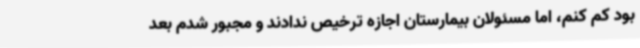
بود کم کنم، اما مسئولان بیمارستان اجازه ترخیص ندادند و مجبور شدم بعد